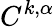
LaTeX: C^{k,\alpha}